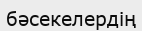
бәсекелердің